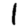
Digit: 1